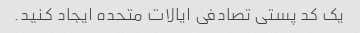
یک کد پستی تصادفی ایالات متحده ایجاد کنید.